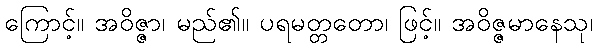
ကြောင့်။ အဝိဇ္ဇာ၊ မည်၏။ ပရမတ္တတော၊ ဖြင့်။ အဝိဇ္ဇမာနေသု၊